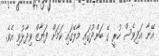
އޭނާ އަދިވެސް ހުރީ ގޭ ބަންދުގައި މާލޭގައި ކަމަށް ފަޔާޒް ވިދާޅުވި އެވެ.